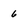
Character: 6